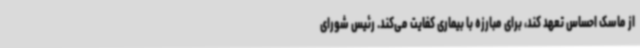
از ماسک احساس تعهد کند، برای مبارزه با بیماری کفایت می‌کند. رئیس شورای